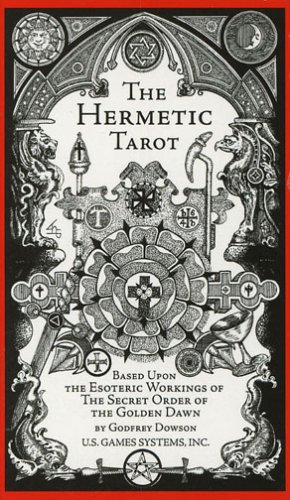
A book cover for The Hermetic Tarot; Godfrey Dowson; Religion & Spirituality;